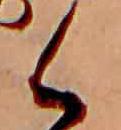
く